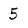
Character: 5